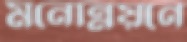
মনোন্নয়নে